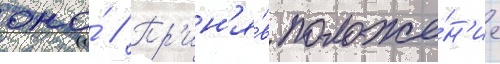
оно́ // Пр'ин'я́в положе́н'ие